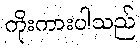
ကိုးကားပါသည်